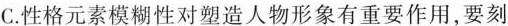
C.性格元素模糊性对塑造人物形象有重要作用,要刻